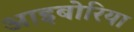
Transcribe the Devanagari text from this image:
आइबोरिया